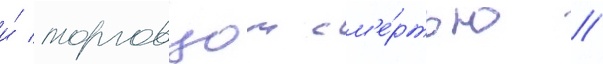
и́ торговцом см'е́ртью //